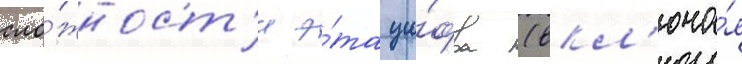
сло́жност'и э́та ци́фра (вкл'юча́я